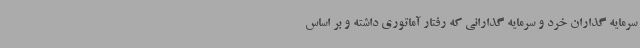
سرمایه گذاران خرد و سرمایه گذارانی که رفتار آماتوری داشته و بر اساس